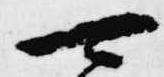
可